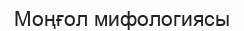
Моңғол мифологиясы